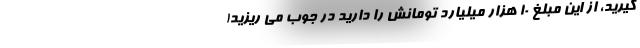
گیرید، از این مبلغ ۱۰ هزار میلیارد تومانش را دارید در جوب می ریزید!